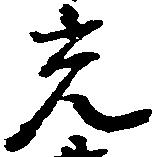
光